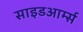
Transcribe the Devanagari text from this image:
साइडआर्म्स